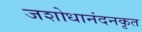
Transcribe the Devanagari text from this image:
जशोधानंदनकृत